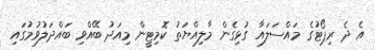
އެ ދެ ރިޕޯޓުގެ މައްްސަލައާ ގުޅިގެން މާލިއްޔަތު ކޮމިޓީން މިއަދު ބޭއްވި ބައްދަލުވުމުގައި